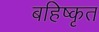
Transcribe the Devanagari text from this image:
बहिष्‍कृत